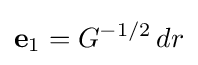
{\bf {e}}_{1}=G^{-1/2}\,dr